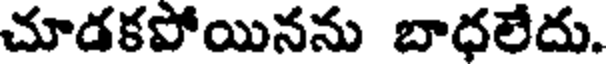
చూడకపోయినను బాధలేదు.